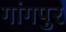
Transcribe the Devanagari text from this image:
गांगपुर